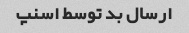
ارسال بد توسط اسنپ